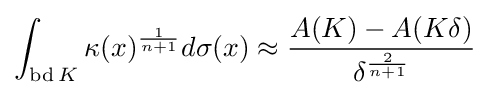
\int _{\operatorname {bd} K}{\kappa (x)^{\frac {1}{n+1}}d\sigma (x)}\approx {\frac {A(K)-A(K\delta )}{\delta ^{\frac {2}{n+1}}}}